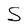
Character: S